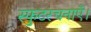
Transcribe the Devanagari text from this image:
स्फुटरचनाएँ।